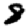
Digit: 8